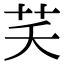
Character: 芺